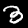
Label: 3